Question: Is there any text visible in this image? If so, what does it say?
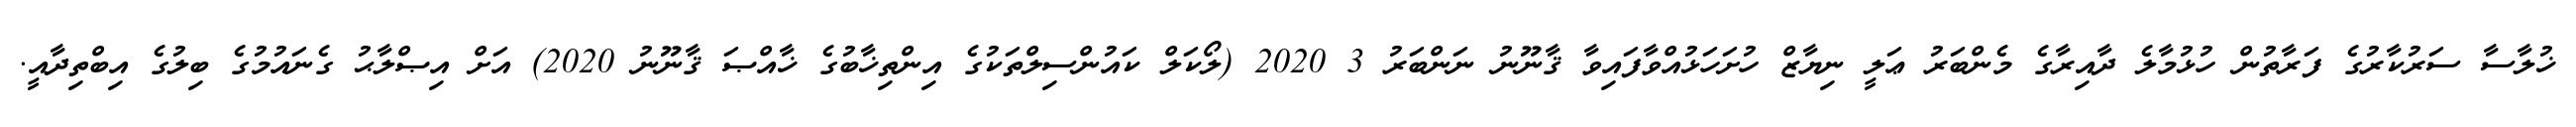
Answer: ޚުލާސާ ސަރުކާރުގެ ފަރާތުން ހުޅުމާލެ ދާއިރާގެ މެންބަރު ޢަލީ ނިޔާޒް ހުށަހަޅުއްވާފައިވާ ޤާނޫނު ނަންބަރު 3 2020 (ލޯކަލް ކައުންސިލްތަކުގެ އިންތިޚާބުގެ ޚާއްޞަ ޤާނޫނު 2020) އަށް އިޞްލާޙު ގެނައުމުގެ ބިލުގެ އިބްތިދާއީ.